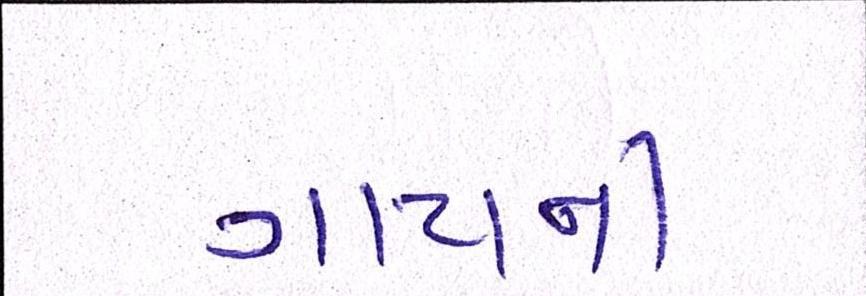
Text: ગાયની